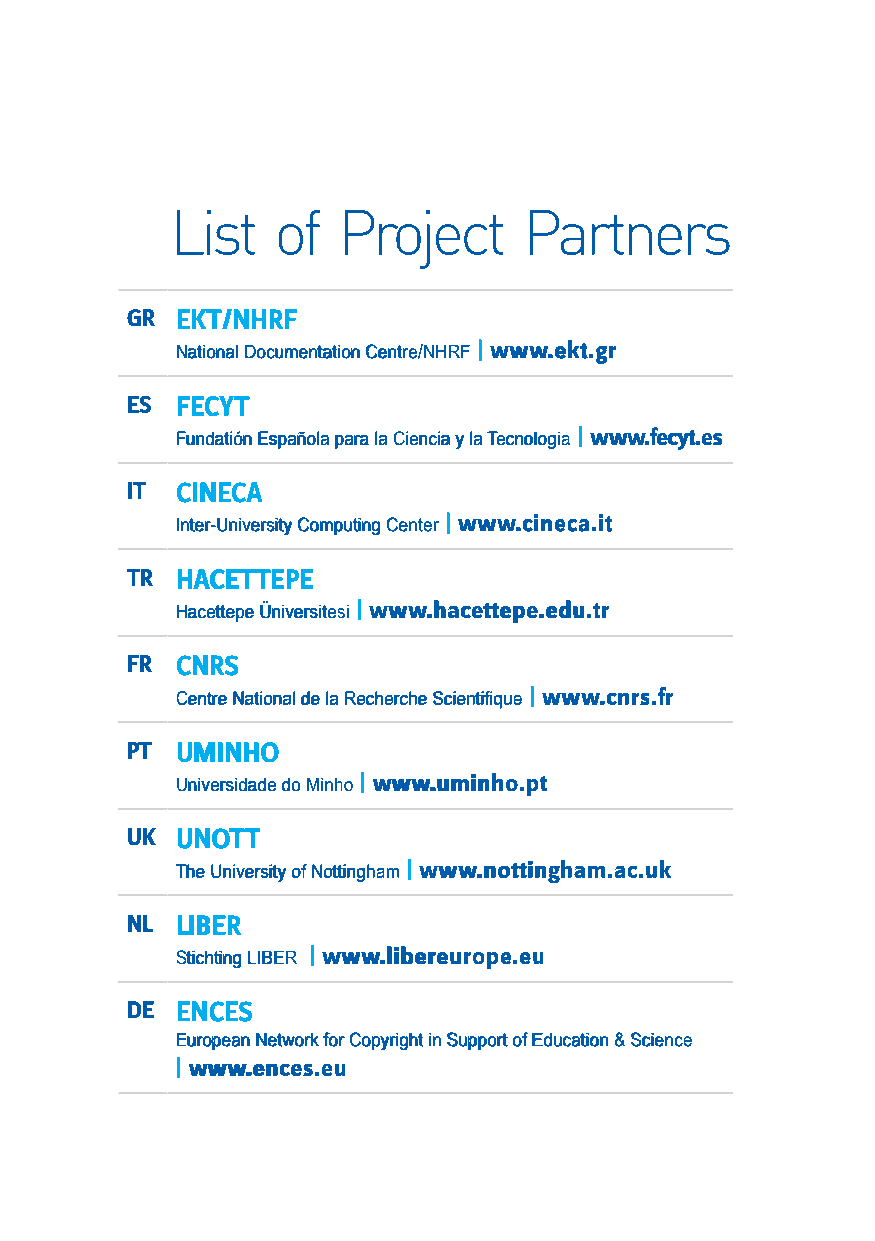
GR  EKT/NHRF
 National Documentation Centre/NHRF | www.ekt.gr
 ES  FECYT
 Fundatión Española para la Ciencia y la Tecnologia | www.fecyt.es
 IT  CINECA
 Inter-University Computing Center | www.cineca.it
 TR  HACETTEPE
 Hacettepe Üniversitesi | www.hacettepe.edu.tr
 FR  CNRS
 Centre National de la Recherche Scientifique | www.cnrs.fr
 PT  UMINHO
 Universidade do Minho | www.uminho.pt
 UK  UNOTT
 The University of Nottingham | www.nottingham.ac.uk
 NL  LIBER
 Stichting LIBER | www.libereurope.eu
 DE  ENCES
 European Network for Copyright in Support of Education & Science
 | www.ences.eu